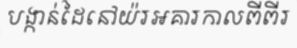
បង្កាន់ដៃនៅយ៉រអគារកាលពីពីរ